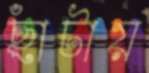
ছাঁটায়